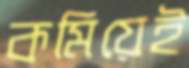
কমিয়েই